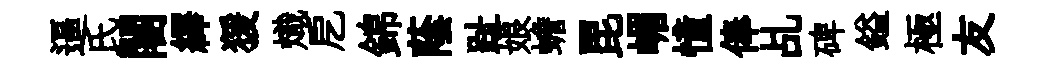
逼氏闍繹猨熾戹錦蔭趾娘蟾毘嵋憧俸乩碑鎰極友